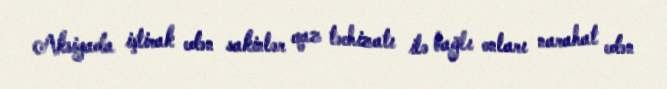
Aksiyada iştirak edən sakinlər qaz təchizatı ilə bağlı onları narahat edən